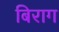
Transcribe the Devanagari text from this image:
बिराग